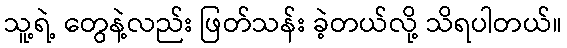
သူ့ရဲ့ တွေနဲ့လည်း ဖြတ်သန်း ခဲ့တယ်လို့ သိရပါတယ်။